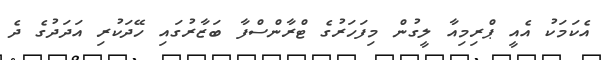
އެކަމަކު އެއީ ޕްރިމިއާ ލީގުން މިފަހަރުގެ ޓްރާންސްފާ ބަޒާރުގައި ހޭދަކުރި އަދަދުގެ ދެ